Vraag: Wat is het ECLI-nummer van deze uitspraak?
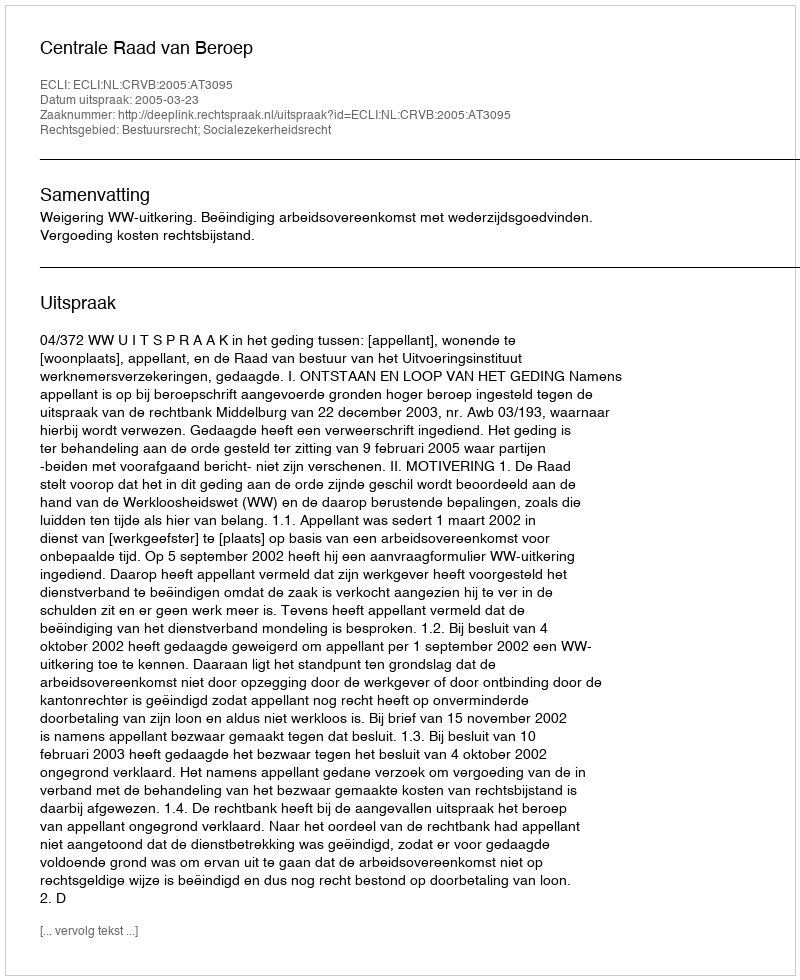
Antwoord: ECLI:NL:CRVB:2005:AT3095